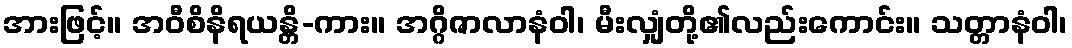
အားဖြင့်။ အဝီစိနိရယန္တိ-ကား။ အဂ္ဂိဇာလာနံဝါ၊ မီးလျှံတို့၏လည်းကောင်း။ သတ္တာနံဝါ၊